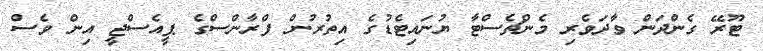
ޓޫރޭ ގެންދަން ވާދަވެރި މެންޗެސްޓާ ޔުނައިޓެޑުގެ އިތުރުން ފްރާންސްގެ ޕީއެސްޖީ އިން ވެސް